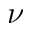
\nu